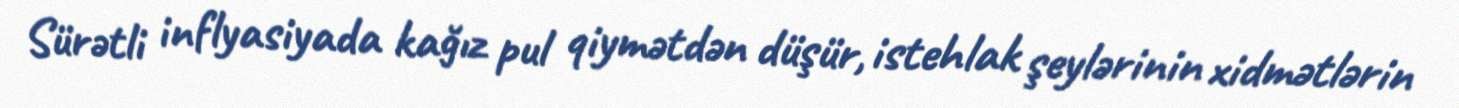
Sürətli inflyasiyada kağız pul qiymətdən düşür, istehlak şeylərinin xidmətlərin